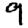
Digit: 9